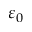
\varepsilon _ { 0 }